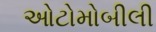
ઓટોમોબીલી